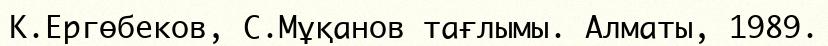
К.Ергөбеков, С.Мұқанов тағлымы. Алматы, 1989.